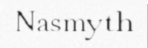
Nasmyth